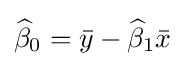
{\widehat {\beta }}_{0}={\bar {y}}-{\widehat {\beta }}_{1}{\bar {x}}